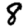
Digit: 8